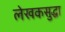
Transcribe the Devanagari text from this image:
लेखकसुद्धा